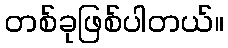
တစ်ခုဖြစ်ပါတယ်။